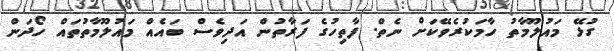
ގުޅޭ މައުލޫމާތު ހާމަކުރެވޭކަށް ނެތް. ފާތިހުގެ ފަރާތުން އަދިވެސް ބައެއް މައުލޫމާތުތައް ހޯދަން